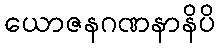
ယောဇနဂဏနာနိပိ